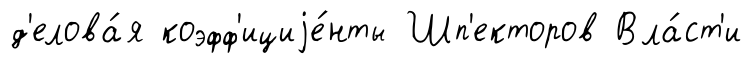
д'елова́я коэфф'ициjе́нты Шп'екторов Вла́ст'и